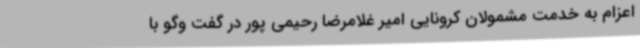
اعزام به خدمت مشمولان کرونایی امیر غلامرضا رحیمی پور در گفت وگو با